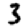
Digit: 3